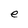
Character: e